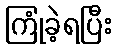
ကြုံခဲ့ရပြီး